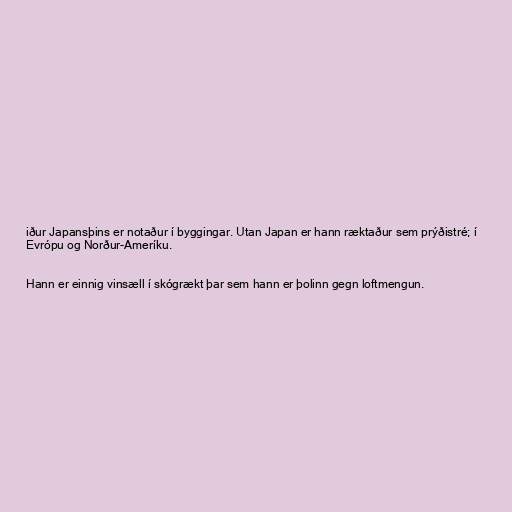
iður Japansþins er notaður í byggingar. Utan Japan er hann ræktaður sem prýðistré; í
Evrópu og Norður-Ameríku.

Hann er einnig vinsæll í skógrækt þar sem hann er þolinn gegn loftmengun.